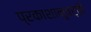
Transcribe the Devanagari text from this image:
प्रकाशानुवर्ती